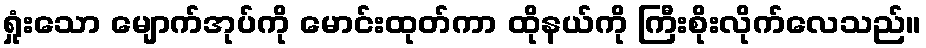
ရှုံးသော မျောက်အုပ်ကို မောင်းထုတ်ကာ ထိုနယ်ကို ကြီးစိုးလိုက်လေသည်။